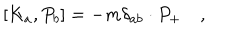
\left[ K _ { a } , P _ { b } \right] = - m \delta _ { a b } \cdot P _ { + } \quad ,